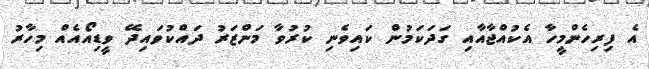
އެ ފިރިހެންމީހާ އެކުއްޖާއާއި ގަދަކަމުން ކައިވެނި ކުރުވާ މަންޒަރު ދައްކުވައިދޭ ވީޑިއޯއެއް މިހާރު